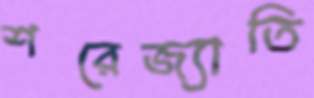
শরেজ্যাতি